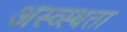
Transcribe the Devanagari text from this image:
अस्व्स्थता